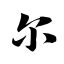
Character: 尔